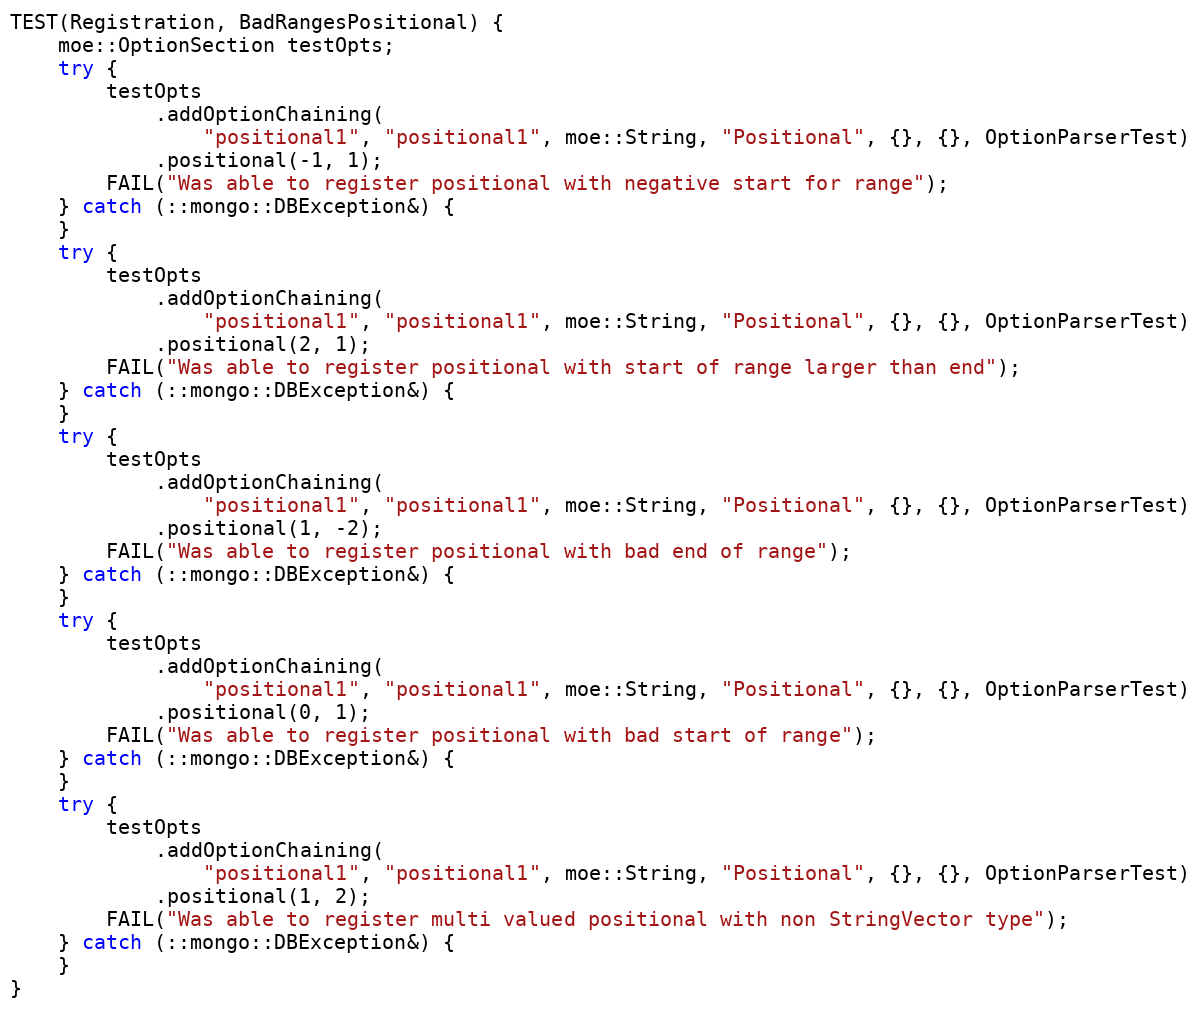
Language: C++
TEST(Registration, BadRangesPositional) {
    moe::OptionSection testOpts;
    try {
        testOpts
            .addOptionChaining(
                "positional1", "positional1", moe::String, "Positional", {}, {}, OptionParserTest)
            .positional(-1, 1);
        FAIL("Was able to register positional with negative start for range");
    } catch (::mongo::DBException&) {
    }
    try {
        testOpts
            .addOptionChaining(
                "positional1", "positional1", moe::String, "Positional", {}, {}, OptionParserTest)
            .positional(2, 1);
        FAIL("Was able to register positional with start of range larger than end");
    } catch (::mongo::DBException&) {
    }
    try {
        testOpts
            .addOptionChaining(
                "positional1", "positional1", moe::String, "Positional", {}, {}, OptionParserTest)
            .positional(1, -2);
        FAIL("Was able to register positional with bad end of range");
    } catch (::mongo::DBException&) {
    }
    try {
        testOpts
            .addOptionChaining(
                "positional1", "positional1", moe::String, "Positional", {}, {}, OptionParserTest)
            .positional(0, 1);
        FAIL("Was able to register positional with bad start of range");
    } catch (::mongo::DBException&) {
    }
    try {
        testOpts
            .addOptionChaining(
                "positional1", "positional1", moe::String, "Positional", {}, {}, OptionParserTest)
            .positional(1, 2);
        FAIL("Was able to register multi valued positional with non StringVector type");
    } catch (::mongo::DBException&) {
    }
}